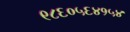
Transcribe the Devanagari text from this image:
९८६०५६४१५४